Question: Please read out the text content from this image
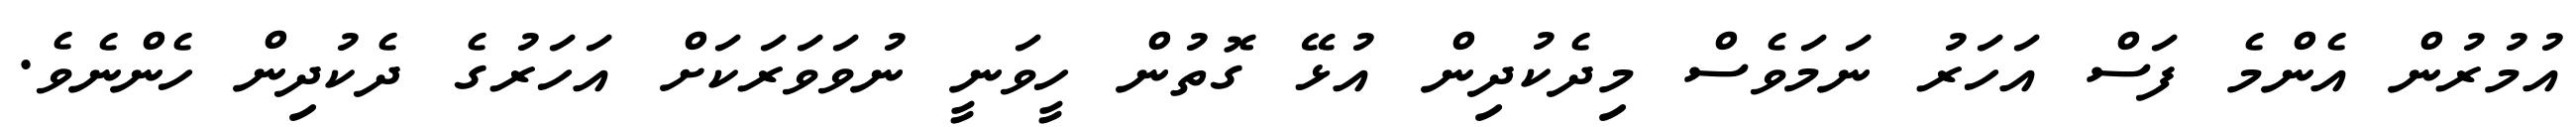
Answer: އުމުރުން އެންމެ ފަސް އަހަރު ނަމަވެސް މިދެކުދިން އުޅޭ ގޮތުން ހީވަނީ ނުވަވަރަކަށް އަހަރުގެ ދެކުދިން ހެންނެވެ.